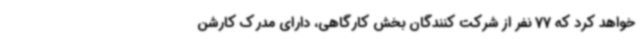
خواهد کرد که 77 نفر از شرکت کنندگان بخش کارگاهی، دارای مدرک کارشن